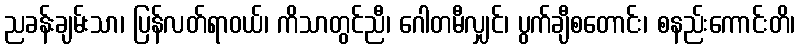
ညခန်းချမ်းသာ၊ ပြန်လတ်ရာဝယ်၊ ကိသာတွင်ညီ၊ ဂေါတမီလျှင်၊ ပွက်ချီစတောင်း၊ စနည်းကောင်းတိ၊